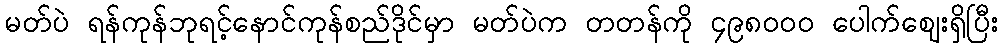
မတ်ပဲ ရန်ကုန်ဘုရင့်နောင်ကုန်စည်ဒိုင်မှာ မတ်ပဲက တတန်ကို ၄၉၈ဝဝဝ ပေါက်ဈေးရှိပြီး